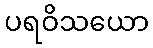
ပရဝိသယော